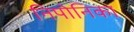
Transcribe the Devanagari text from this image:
निपोनिका